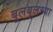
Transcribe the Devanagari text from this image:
बुलबुलच्या